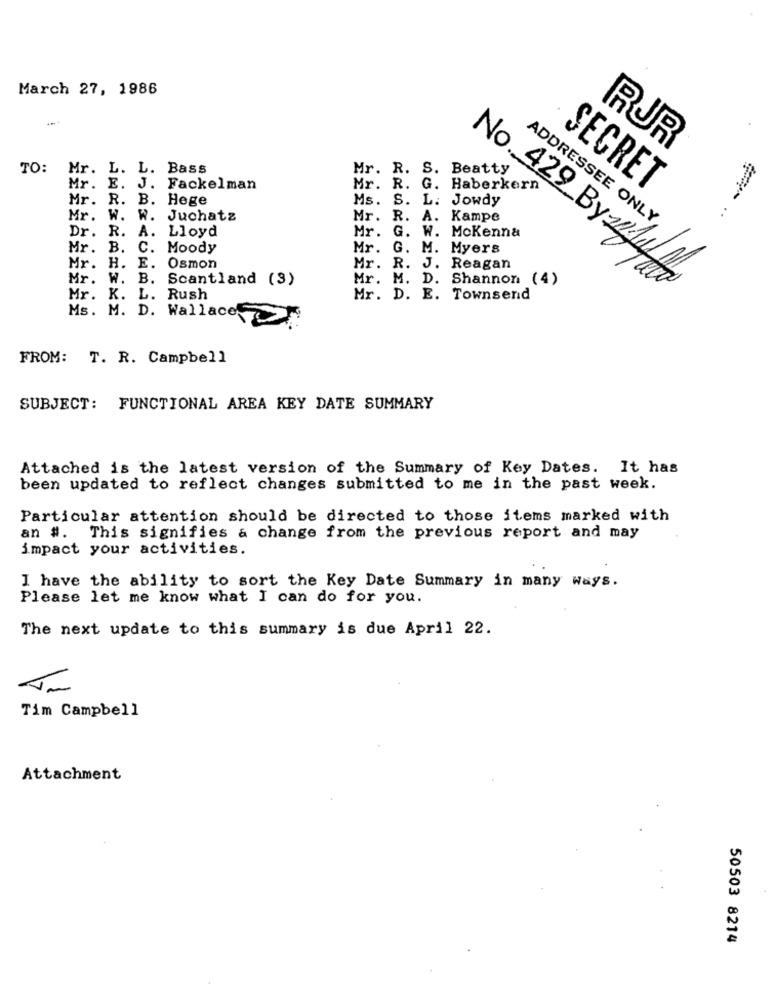
March 27, 1986
RUR
TO:
Mr. L. L. Bass
Mr. R. S. Beatty
Mr. E. J. Fackelman
Mr. R. G. Haberkern
SECRET
Mr. R.
B. Hege
Ms. S. L. Jowdy
Mr. W.
W. Juchatz
Mr. R. A. Kampe
ADDRESSEE ONLY
Dr. R. A. Lloyd
Mr. G. W. Mckenna
Mr. B.
C. Moody
Mr. G. M. Myers
Mr. H.
E. Osmon
Mr. R. J. Reagan
Mr. W.
B. Scantland (3)
Mr. M. D. Shannon (4)
No. 429 By:20/14/11
Mr. K.
L. Rush
Mr. D. E. Townsend
Ms. M. D. Wallace
FROM: T. R. Campbell
SUBJECT: FUNCTIONAL AREA KEY DATE SUMMARY
Attached is the latest version of the Summary of Key Dates. It has
been updated to reflect changes submitted to me in the past week.
Particular attention should be directed to those items marked with
an #. This signifies a change from the previous report and may
impact your activities.
I have the ability to sort the Key Date Summary in many ways.
Please let me know what I can do for you.
The next update to this summary is due April 22.
Tim Campbell
Attachment
50503 8214